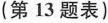
(第13题表)